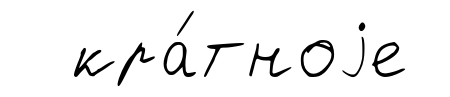
кра́тноjе